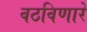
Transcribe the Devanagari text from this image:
वठविणारे